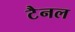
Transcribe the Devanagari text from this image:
टैनल